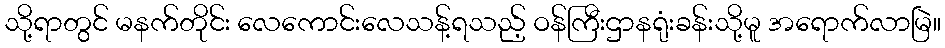
သို့ရာတွင် မနက်တိုင်း လေကောင်းလေသန့်ရသည့် ဝန်ကြီးဌာနရုံးခန်းသို့မူ အရောက်လာမြဲ။